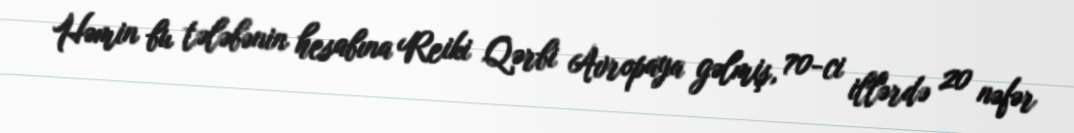
Həmin bu tələbənin hesabına Reiki Qərbi Avropaya gəlmiş, 70-ci illərdə 20 nəfər